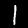
Digit: 1